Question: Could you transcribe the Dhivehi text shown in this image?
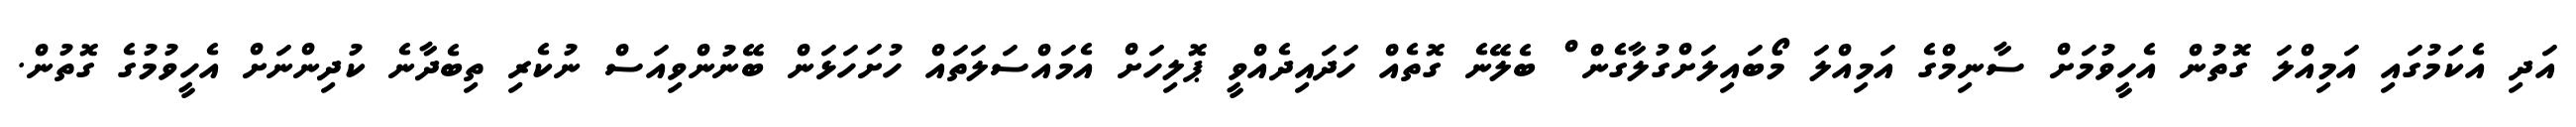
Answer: އަދި އެކަމުގައި އަމިއްލަ ގޮތުން އެހީވުމަށް ސާނިމްގެ އަމިއްލަ މޯބައިލަށްގުލާގެން ް ބެލޭނެ ގޮތެއް ހަދައިދެއްވީ ޕޮލިހަށް އެމައްސަލަތައް ހުށަހަޅަން ބޭނުންވިއަސް ނުކެރި ތިބެދާނެ ކުދިންނަށް އެހީވުމުގެ ގޮތުން.